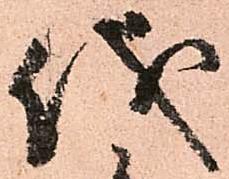
儀